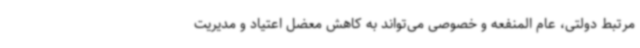
مرتبط دولتی، عام المنفعه و خصوصی می‌تواند به کاهش معضل اعتیاد و مدیریت